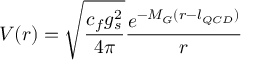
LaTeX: V ( r ) = \sqrt { \frac { c _ { f } g _ { s } ^ { 2 } } { 4 \pi } } \frac { e ^ { - M _ { G } ( r - l _ { Q C D } ) } } { r }